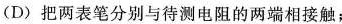
(D)把两表笔分别与待测电阻的两端相接触；